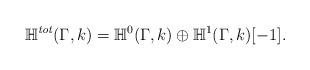
LaTeX: \begin{align*}\mathbb{H}^{\textit{tot}}(\Gamma, k) = \mathbb{H}^0(\Gamma, k) \oplus \mathbb{H}^1(\Gamma, k)[-1].\end{align*}